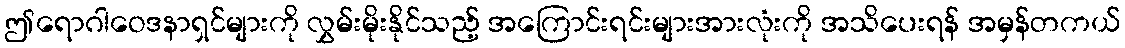
ဤရောဂါဝေဒနာရှင်များကို လွှမ်းမိုးနိုင်သည့် အကြောင်းရင်းများအားလုံးကို အသိပေးရန် အမှန်တကယ်